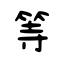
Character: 等